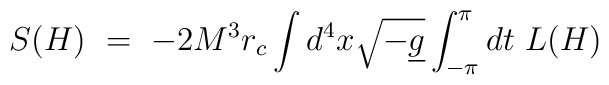
S(H)\ =\ -2M^3 r_c \int d^4x \sqrt{-\underline{g}}\int_{-\pi}^\pi dt\ L(H)